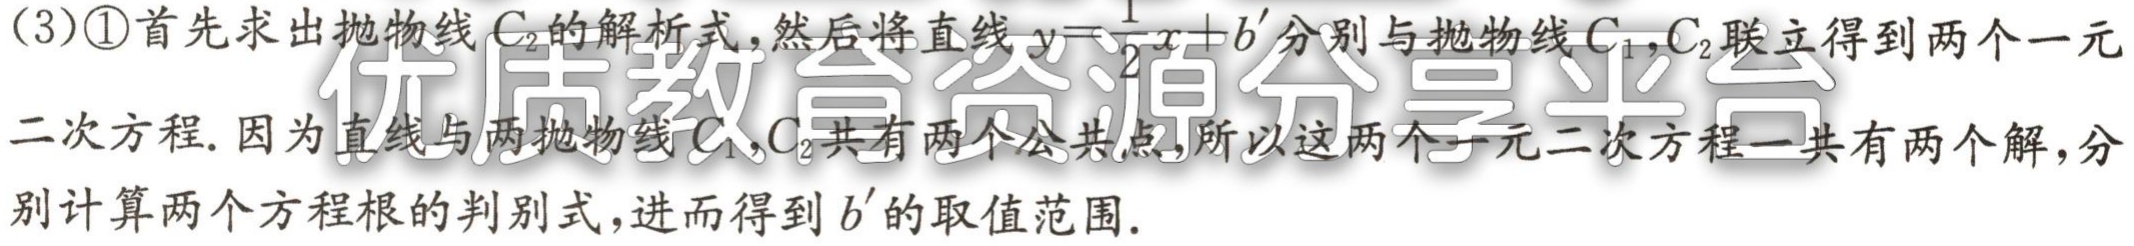
(3)\textcircled{1}首先求出抛物线\(C_{2}\)的解析式，然后将直线\(y = \frac{1}{2}x + b'\)分别与抛物线\(C_{1},C_{2}\)联立得到两个一元二次方程. 因为直线与两抛物线\(C_{1},C_{2}\)共有两个公共点，所以这两个一元二次方程一共有两个解，分别计算两个方程根的判别式，进而得到\(b'\)的取值范围.